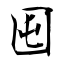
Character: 囤